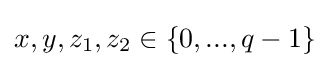
x,y,z_{1},z_{2}\in \left\{0,...,q-1\right\}